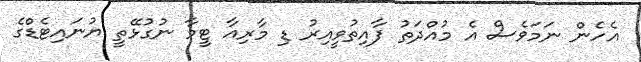
އެހެން ނަމަވެސް އެ މުއްދަތު ފާއިތުވީއިރު ޑި މާރިއާ ޓީމާ ނުގުޅޭތީ ޔުނައިޓެޑްގެ